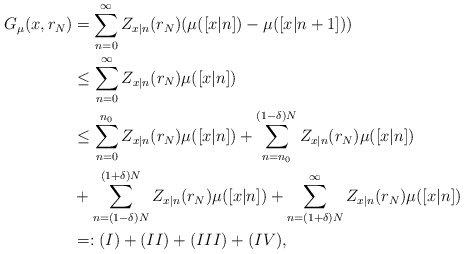
\begin{align*}G_\mu(x, r_N)&=\sum_{n=0}^\infty Z_{x|n}(r_N)(\mu([x|n])-\mu([x|n+1]))\\&\leq \sum_{n=0}^\infty Z_{x|n}(r_N)\mu([x|n])\\&\leq \sum_{n=0}^{n_0}Z_{x|n}(r_N)\mu([x|n])+\sum_{n=n_0}^{ (1-\delta)N}Z_{x|n}(r_N)\mu([x|n])\\&+\sum_{n=(1-\delta)N}^{(1+\delta)N}Z_{x|n}(r_N)\mu([x|n])+\sum_{n=(1+\delta)N}^\infty Z_{x|n}(r_N)\mu([x|n])\\&=: (I)+(II)+(III)+(IV),\end{align*}